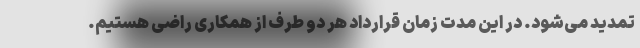
تمدید می‌شود. در این مدت زمان قرارداد هر دو طرف از همکاری راضی هستیم.